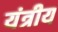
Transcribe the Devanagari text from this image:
यंत्रीय